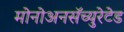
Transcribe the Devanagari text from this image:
मोनोअनसॅच्युरेटेड